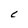
Character: C